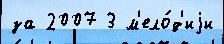
за 2007 3 м'ело́д'иjи